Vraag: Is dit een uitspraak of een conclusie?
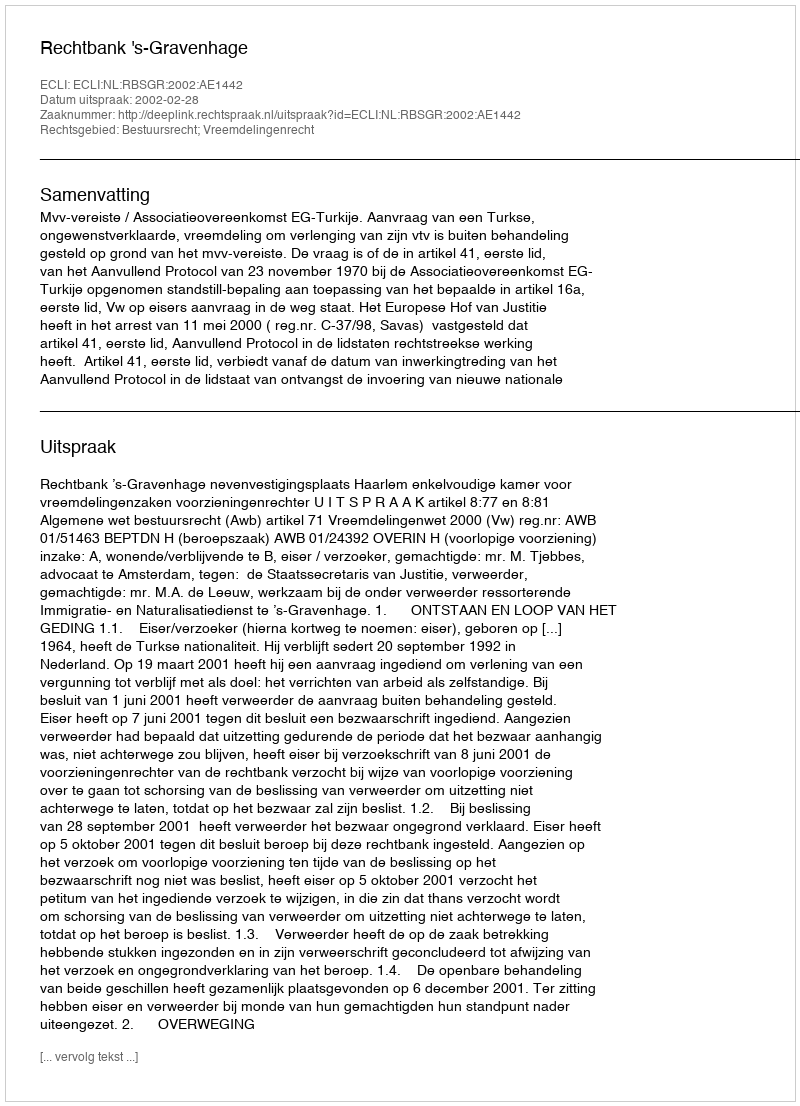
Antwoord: Uitspraak